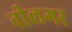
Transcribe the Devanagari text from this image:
नीलगर